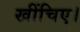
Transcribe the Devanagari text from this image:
खींचिए।